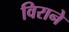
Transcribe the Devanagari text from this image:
विराने